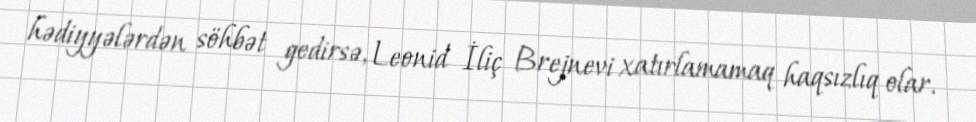
hədiyyələrdən söhbət gedirsə, Leonid İliç Brejnevi xatırlamamaq haqsızlıq olar.